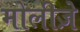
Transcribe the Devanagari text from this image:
मोलीज़े